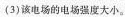
(3)该电场的电场强度大小。